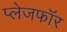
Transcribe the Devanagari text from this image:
प्लेजफॉर